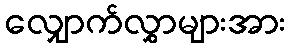
လျှောက်လွှာများအား